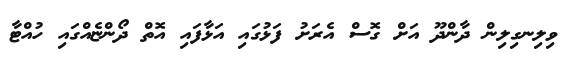
ވިލިނގިލިން ދާންދޫ އަށް ގޮސް އެރަށު ފަޅުގައި އަޅާފައި އޮތް ދޯންޏެއްގައި ހުއްޓާ